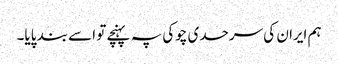
ہم ایران کی سرحدی چوکی پہ پہنچے تو اسے بند پایا۔